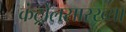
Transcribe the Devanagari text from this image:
कंट्रोलसारख्या